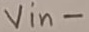
Text: Vin-